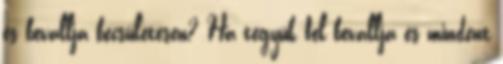
és bevallja becsületesen? Ha tegyük fel bevallja és mindent